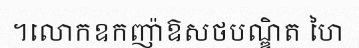
។លោកឧកញ៉ាឱសថបណ្ឌិត ហៃ